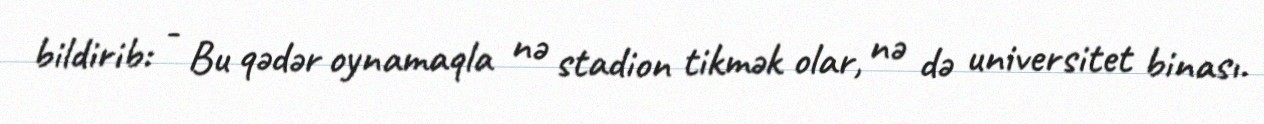
bildirib: - Bu qədər oynamaqla nə stadion tikmək olar, nə də universitet binası.